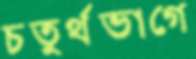
চতুর্থভাগে